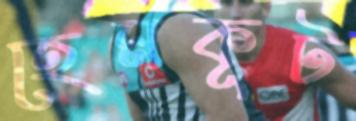
হেমকূট